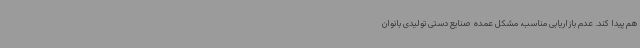
هم پیدا کند. عدم بازاریابی مناسب، مشکل عمده  صنایع دستی تولیدی بانوان